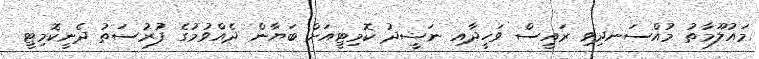
މައުލޫމާތު މުއްސަނދިވި ރައީސް ވަހީދާއި ނަޝީދު ކޮމިޓީއަށް ބަޔާން ދެއްވުމުގެ ފުރުސަތު ދެނީކޮމިޓީ